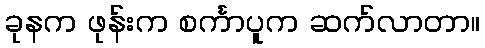
ခုနက ဖုန်းက စင်္ကာပူက ဆက်လာတာ။